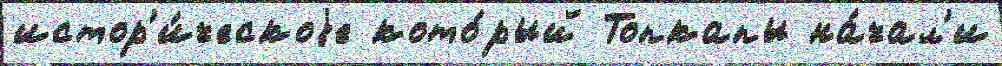
истор'и́ческоjе кото́рый Топкапы на́чал'и